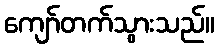
ကျော်တက်သွားသည်။